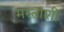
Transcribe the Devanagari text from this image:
मस्तांशी